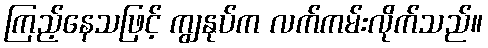
ကြည့်နေသဖြင့် ကျွနုပ်က လက်ကမ်းလိုက်သည်။